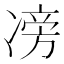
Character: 𠗵